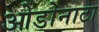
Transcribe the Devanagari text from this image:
ओडोनाटा